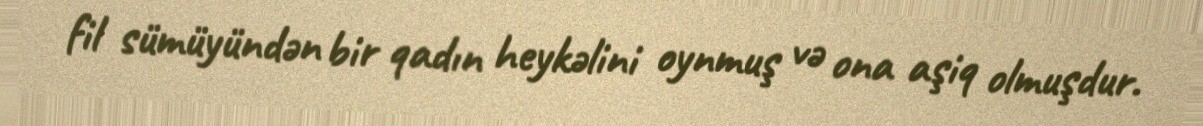
fil sümüyündən bir qadın heykəlini oynmuş və ona aşiq olmuşdur.